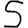
Digit: 5